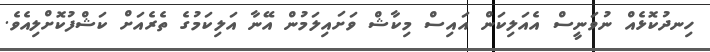
ހިނދުކޮޅެއް ނުވަނީސް އެއަލިކަން އައިސް މިކާޝް ވަށައިލަމުން އޭނާ އަލިކަމުގެ ތެރެއަށް ކަޝްފުކޮށްލިއެވެ.